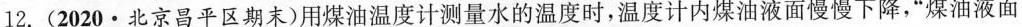
12.(2020·北京昌平区期末)用煤油温度计测量水的温度时，温度计内煤油液面慢慢下降，“煤油液面